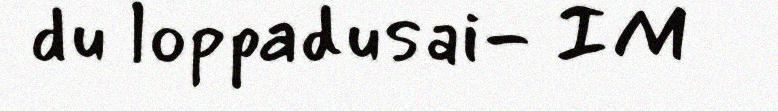
du loppadusai- IM